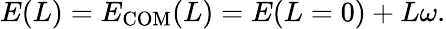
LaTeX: \begin{array}{r}{E(L)=E_{\mathrm{COM}}(L)=E(L=0)+L\omega.}\end{array}